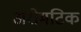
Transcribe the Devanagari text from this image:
अरोमटिक